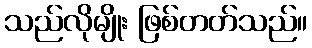
သည်လိုမျိုး ဖြစ်တတ်သည်။